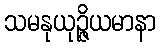
သမနုယုဉ္ဇိယမာနာ